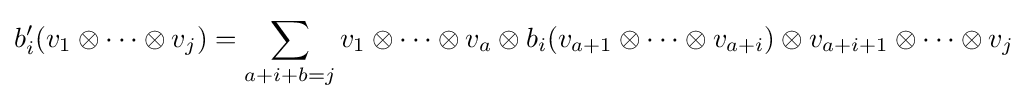
b_{i}'(v_{1}\otimes \cdots \otimes v_{j})=\sum _{a+i+b=j}v_{1}\otimes \cdots \otimes v_{a}\otimes b_{i}(v_{a+1}\otimes \cdots \otimes v_{a+i})\otimes v_{a+i+1}\otimes \cdots \otimes v_{j}